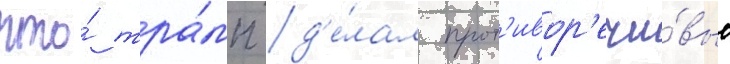
что́ тра́мп д'е́лал прот'ивор'ечи́вые